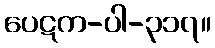
ပေဋက-ပါ-၃၁၇။